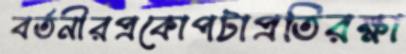
বর্তনীরপ্রকোপটাপ্রতিরক্ষা